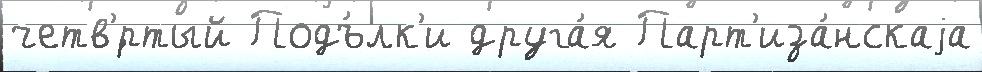
четв'́ртый Подъ́лк'и друга́я Парт'иза́нскаjа